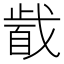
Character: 𱟞